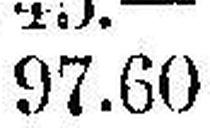
97.60